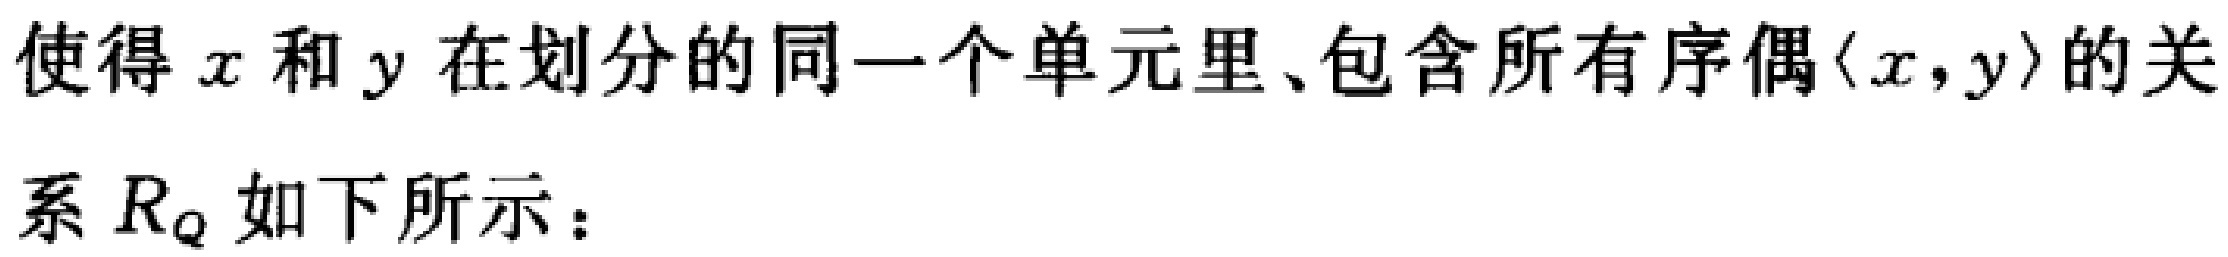
使得 \(x\) 和 \(y\) 在划分的同一个单元里、包含所有序偶\(\langle x,y\rangle\)的关

系 \(R_Q\) 如下所示：